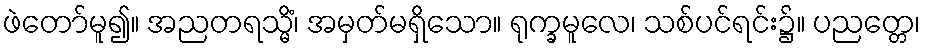
ဖဲတော်မူ၍။ အညတရသ္မိံ၊ အမှတ်မရှိသော။ ရုက္ခမူလေ၊ သစ်ပင်ရင်း၌။ ပညတ္တေ၊